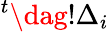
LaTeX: {^t\dag!\Delta_{i}}